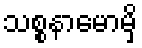
သစ္စနာမောမှိ